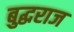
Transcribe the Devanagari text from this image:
बुद्धराज